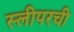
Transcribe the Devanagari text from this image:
स्लीपरची